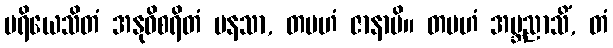
ပရိယေသိတံ အနုဝိစရိတံ မနသာ, တမဟံ ဇာနာမိ။ တမဟံ အဗ္ဘညာသိံ, တံ